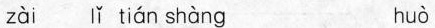
zài lǐ tián shàng huò